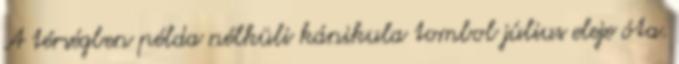
A térségben példa nélküli kánikula tombol július eleje óta.